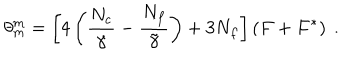
LaTeX: \theta _ { m } ^ { m } = \left[ 4 \left( \frac { N _ { c } } { \gamma } - \frac { N _ { f } } { \tilde { \gamma } } \right) + 3 N _ { f } \right] \left( F + F ^ { * } \right) \ .